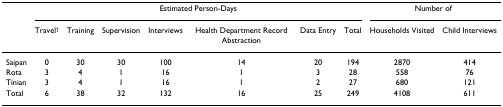
|  | <COLSPAN=7> Estimated Person-Days | <COLSPAN=2> Number of |
 |  | Travel† | Training | Supervision | Interviews | Health Department Record Abstraction | Data Entry | Total | Households Visited | Child Interviews |
 | --- | --- | --- | --- | --- | --- | --- | --- | --- | --- |
 | Saipan | 0 | 30 | 30 | 100 | 14 | 20 | 194 | 2870 | 414 |
 | Rota | 3 | 4 | 1 | 16 | 1 | 3 | 28 | 558 | 76 |
 | Tinian | 3 | 4 | 1 | 16 | 1 | 2 | 27 | 680 | 121 |
 | Total | 6 | 38 | 32 | 132 | 16 | 25 | 249 | 4108 | 611 |